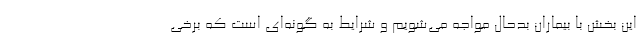
این بخش با بیماران بدحال مواجه می‌شویم و شرایط به گونه‌ای است که برخی